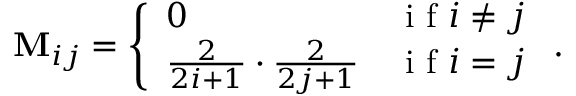
\mathbf { M } _ { i j } = \left\{ \begin{array} { l l } { 0 } & { \mathrm { ~ i ~ f ~ } i \neq j } \\ { \frac { 2 } { 2 i + 1 } \cdot \frac { 2 } { 2 j + 1 } } & { \mathrm { ~ i ~ f ~ } i = j } \end{array} \right. .